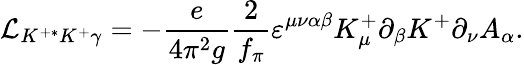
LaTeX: {\cal L}_{K^{+*}K^{+}\gamma}=-\frac{e}{4\pi^{2}g}{\frac{2}{f_{\pi}}}\varepsilon^{\mu\nu\alpha\beta}K_{\mu}^{+}\partial_{\beta}K^{+}\partial_{\nu}A_{\alpha}.